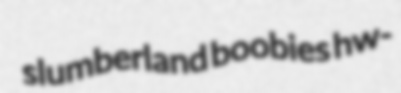
slumberland boobies hw-